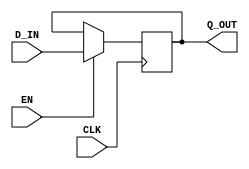

// Copyright (c) 2000-2009 Bluespec, Inc.

// Permission is hereby granted, free of charge, to any person obtaining a copy
// of this software and associated documentation files (the "Software"), to deal
// in the Software without restriction, including without limitation the rights
// to use, copy, modify, merge, publish, distribute, sublicense, and/or sell
// copies of the Software, and to permit persons to whom the Software is
// furnished to do so, subject to the following conditions:

// The above copyright notice and this permission notice shall be included in
// all copies or substantial portions of the Software.

// THE SOFTWARE IS PROVIDED "AS IS", WITHOUT WARRANTY OF ANY KIND, EXPRESS OR
// IMPLIED, INCLUDING BUT NOT LIMITED TO THE WARRANTIES OF MERCHANTABILITY,
// FITNESS FOR A PARTICULAR PURPOSE AND NONINFRINGEMENT. IN NO EVENT SHALL THE
// AUTHORS OR COPYRIGHT HOLDERS BE LIABLE FOR ANY CLAIM, DAMAGES OR OTHER
// LIABILITY, WHETHER IN AN ACTION OF CONTRACT, TORT OR OTHERWISE, ARISING FROM,
// OUT OF OR IN CONNECTION WITH THE SOFTWARE OR THE USE OR OTHER DEALINGS IN
// THE SOFTWARE.
//
// $Revision: 17872 $
// $Date: 2009-09-18 10:32:56 -0400 (Fri, 18 Sep 2009) $

`ifdef BSV_ASSIGNMENT_DELAY
`else
`define BSV_ASSIGNMENT_DELAY
`endif


// Basic register without reset.
module CrossingRegUN(CLK, EN, D_IN, Q_OUT);
   parameter width = 1;

   input     CLK;
   input     EN;
   input [width - 1 : 0] D_IN;

   output [width - 1 : 0] Q_OUT;
   reg [width - 1 : 0]    Q_OUT;

`ifdef BSV_NO_INITIAL_BLOCKS
`else // not BSV_NO_INITIAL_BLOCKS
   // synopsys translate_off
   initial begin
      Q_OUT = {((width + 1)/2){2'b10}} ;
   end
   // synopsys translate_on
`endif // BSV_NO_INITIAL_BLOCKS

   
   always@(posedge CLK)
     begin
        if (EN)
          Q_OUT <= `BSV_ASSIGNMENT_DELAY D_IN;
     end
endmodule